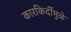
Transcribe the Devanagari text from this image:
कारकिर्दीमुळे